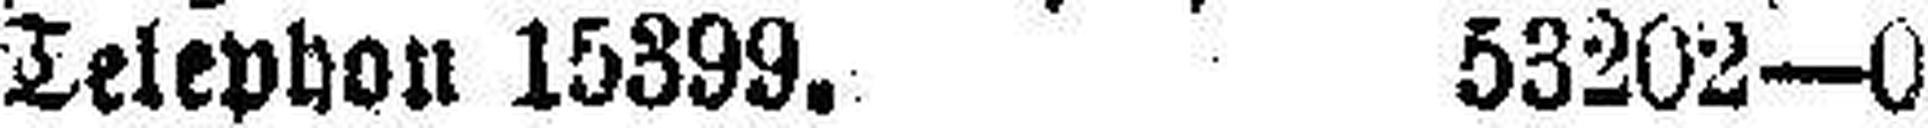
Telephon 15399. 53202—0